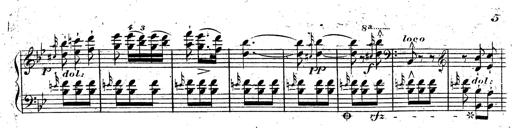
Title: Rondeau fantastique sur un thÃ¨me espagnol
Composer: Franz Liszt